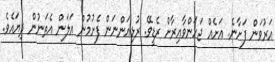
އަރުވަން ފަށާނެ. އަށެއް ޖަހަންވާއިރާށް ރެޑީވޭ. ރުޅިއަންނަން ފެށުމުން އަލަން އެތަނުން ދިޔައެވެ.